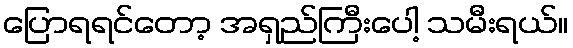
ပြောရရင်တော့ အရှည်ကြီးပေါ့ သမီးရယ်။